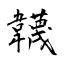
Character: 韤